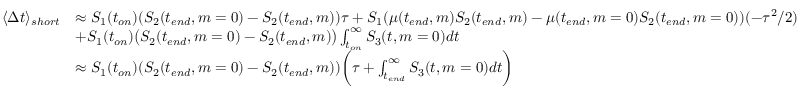
\begin{array} { r l } { \langle \Delta t \rangle _ { s h o r t } } & { \approx S _ { 1 } ( t _ { o n } ) ( S _ { 2 } ( t _ { e n d } , m = 0 ) - S _ { 2 } ( t _ { e n d } , m ) ) \tau + S _ { 1 } ( \mu ( t _ { e n d } , m ) S _ { 2 } ( t _ { e n d } , m ) - \mu ( t _ { e n d } , m = 0 ) S _ { 2 } ( t _ { e n d } , m = 0 ) ) ( - \tau ^ { 2 } / 2 ) } \\ & { + S _ { 1 } ( t _ { o n } ) \big ( S _ { 2 } ( t _ { e n d } , m = 0 ) - S _ { 2 } ( t _ { e n d } , m ) \big ) \int _ { t _ { o n } } ^ { \infty } S _ { 3 } ( t , m = 0 ) d t } \\ & { \approx S _ { 1 } ( t _ { o n } ) ( S _ { 2 } ( t _ { e n d } , m = 0 ) - S _ { 2 } ( t _ { e n d } , m ) ) \bigg ( \tau + \int _ { t _ { e n d } } ^ { \infty } S _ { 3 } ( t , m = 0 ) d t \bigg ) } \end{array}